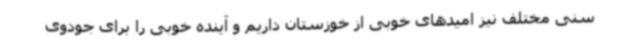
سنی مختلف نیز امیدهای خوبی از خوزستان داریم و آینده خوبی را برای جودوی